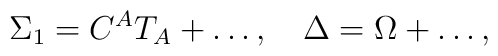
\Sigma_{1}=C^AT_A+\ldots,\quad\Delta=\Omega+\ldots,